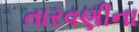
તારવણીના